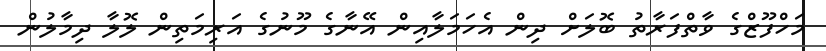
މަހްފޫޒްގެ ވާތްފަރާތު ބޮލަށް ދިން އެހަމަލާއިން އޭނާގެ މޫނުގެ އަރިމަތިން ލޮލާ ދިމާލުން